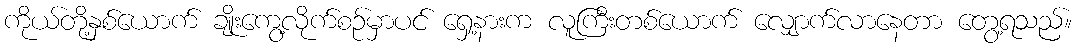
ကိုယ်တို့နှစ်ယောက် ချိုးကွေ့လိုက်စဉ်မှာပင် ရှေ့နားက လူကြီးတစ်ယောက် လျှောက်လာနေတာ တွေ့ရသည်။